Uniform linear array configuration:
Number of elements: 48
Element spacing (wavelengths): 0.5
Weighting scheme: hann
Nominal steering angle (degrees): -60
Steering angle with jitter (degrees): -60.19
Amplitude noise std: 0.05
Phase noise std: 0.05

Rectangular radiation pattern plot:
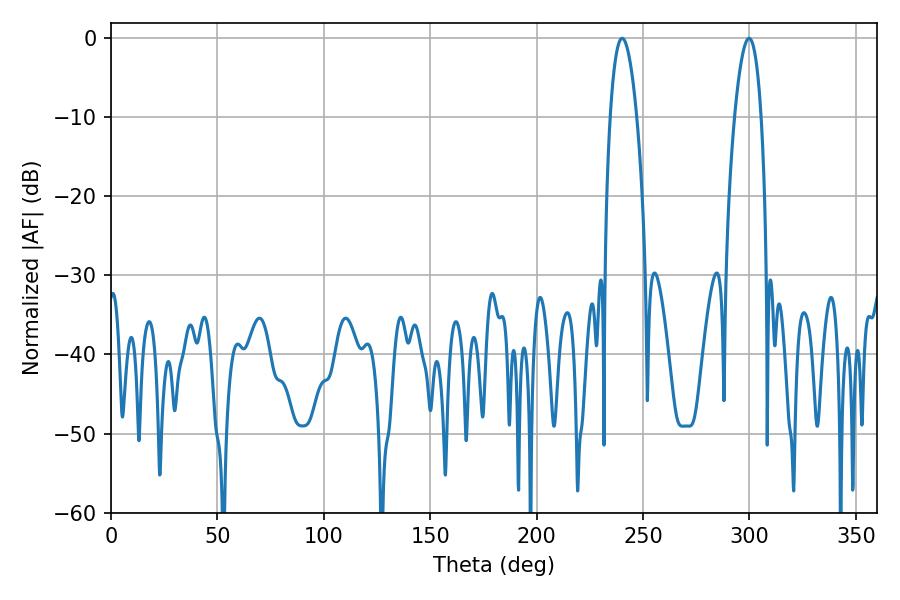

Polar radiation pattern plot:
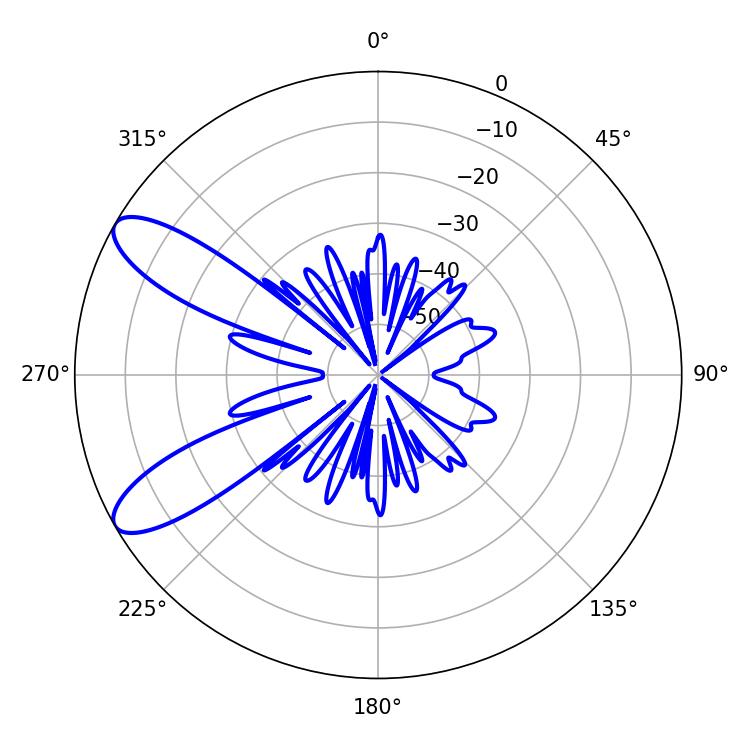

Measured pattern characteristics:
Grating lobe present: FALSE
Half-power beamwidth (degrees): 7.02
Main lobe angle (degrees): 240.12